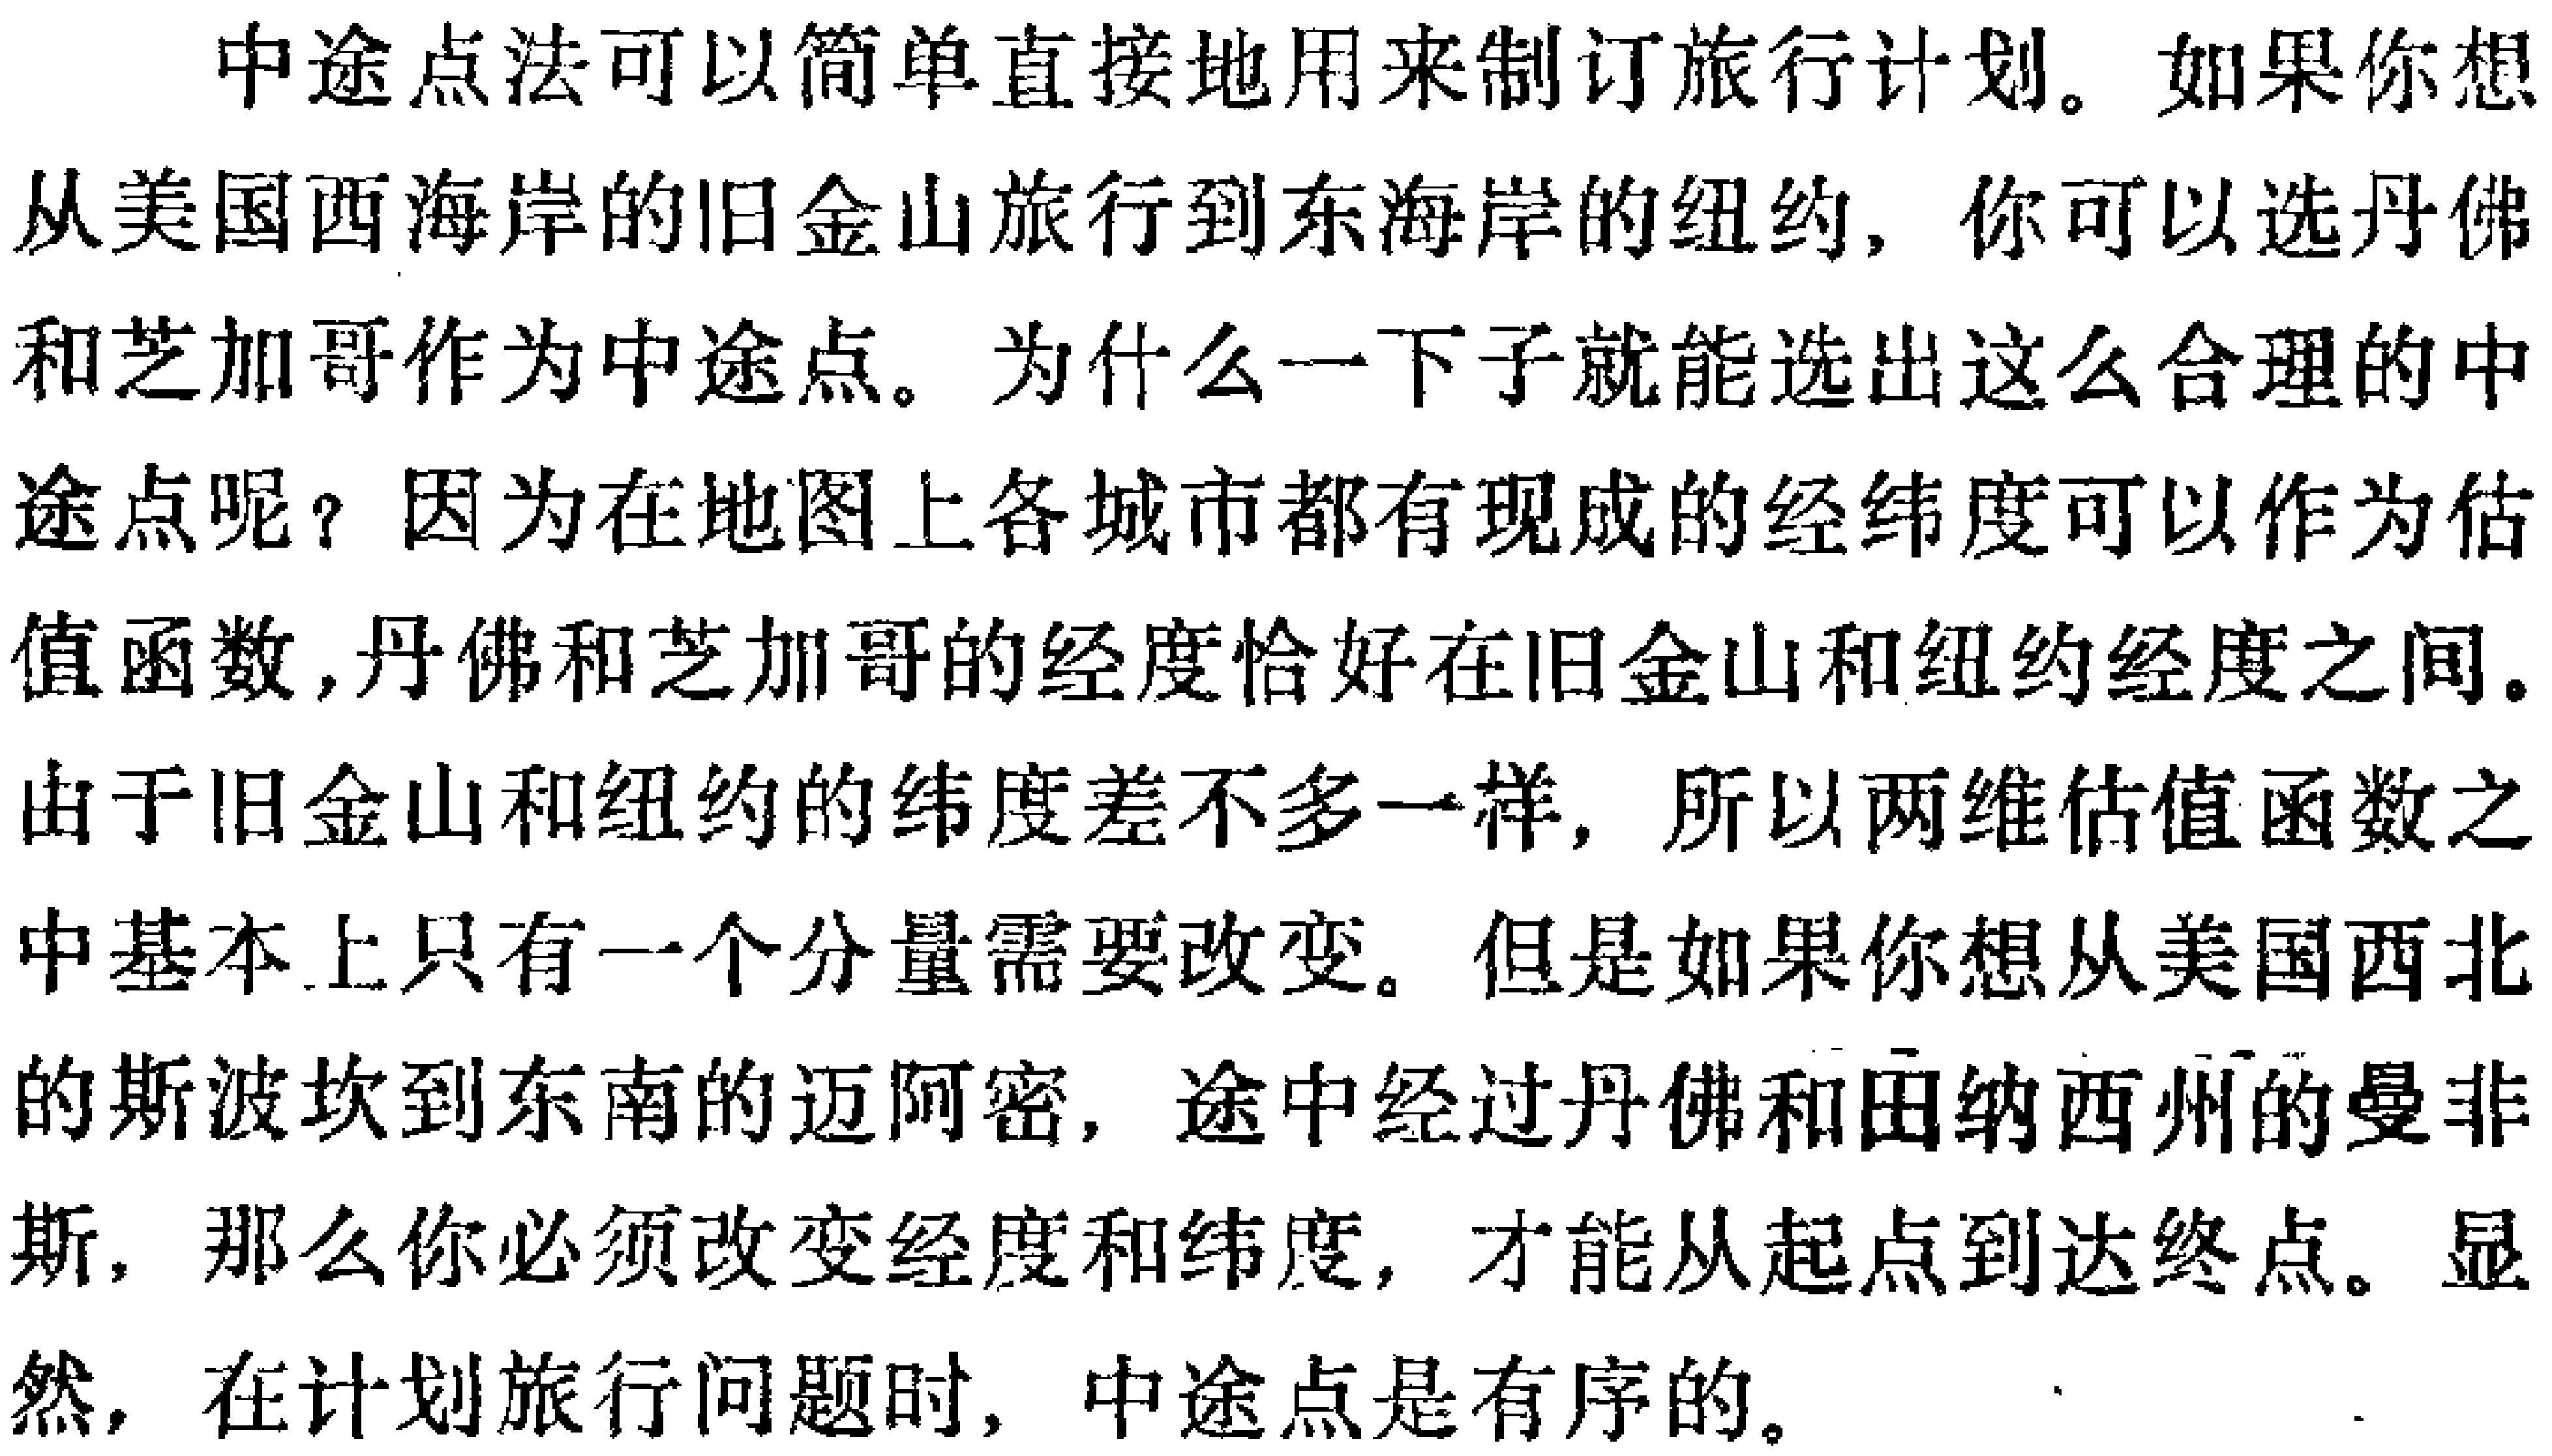
中途点法可以简单直接地用来制订旅行计划。如果你想从美国西海岸的旧金山旅行到东海岸的纽约，你可以选丹佛和芝加哥作为中途点。为什么一下子就能选出这么合理的中途点呢？因为在地图上各城市都有现成的经纬度可以作为估值函数,丹佛和芝加哥的经度恰好在旧金山和纽约经度之间。由于旧金山和纽约的纬度差不多一样，所以两维估值函数之中基本上只有一个分量需要改变。但是如果你想从美国西北的斯波坎到东南的迈阿密，途中经过丹佛和田纳西州的曼非斯，那么你必须改变经度和纬度，才能从起点到达终点。显然，在计划旅行问题时，中途点是有序的。